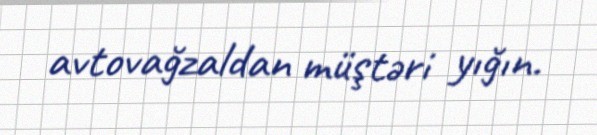
avtovağzaldan müştəri yığın.